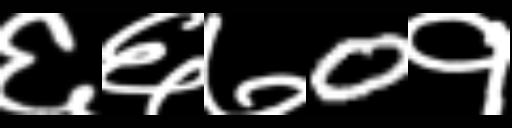
Text: ६६७0१